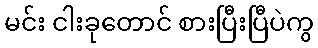
မင်း ငါးခုတောင် စားပြီးပြီပဲကွ